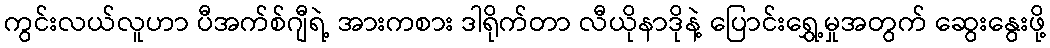
ကွင်းလယ်လူဟာ ပီအက်စ်ဂျီရဲ့ အားကစား ဒါရိုက်တာ လီယိုနာဒိုနဲ့ ပြောင်းရွှေ့မှုအတွက် ဆွေးနွေးဖို့